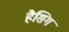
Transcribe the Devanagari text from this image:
हैसिग